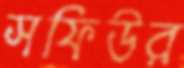
সফিউর